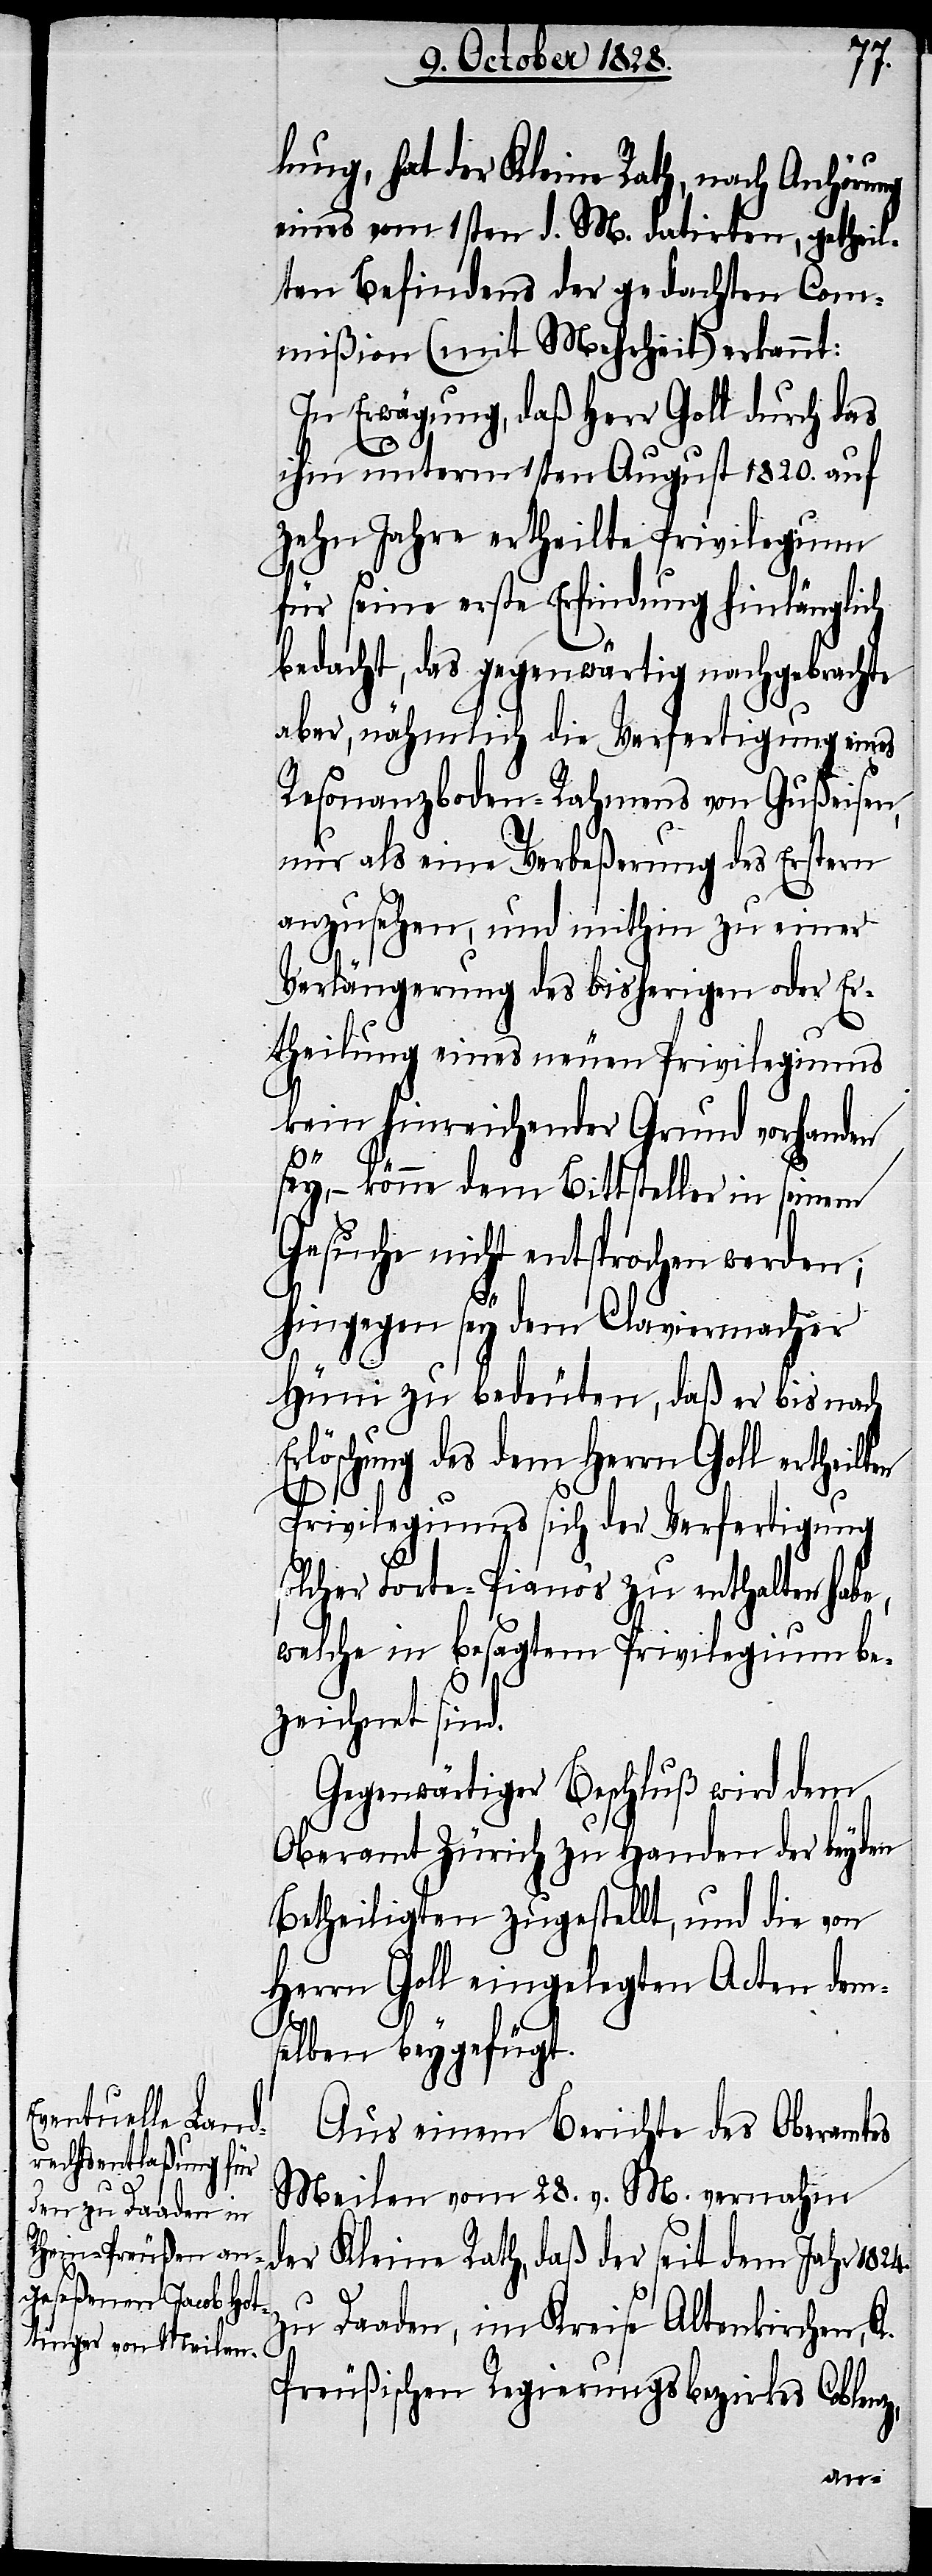
lung, hat der Kleine Rath, nach Anhörung
eines vom 1sten d. M. datirten, getheil¬
ten Befindens der gedachten Com¬
mißion (mit Mehrheit) erkannt:
In Erwägung, daß Herr Goll durch das
ihm unterm 1sten August 1820. auf
zehn Jahre ertheilte Privilegium
für seine erste Erfindung hinlänglich
bedacht, das gegenwärtig nachgebrachte
aber, nähmlich die Verfertigung eines
Resonanzboden-Rahmens von Gußeisen,
nur als eine Verbeßerung des Erstern
anzusehen, und mithin zu einer
Verlängerung des bisherigen oder Er¬
theilung eines neuen Privilegiums
kein hinreichender Grund vorhanden
Erl¬
sey, – könne dem Bittsteller in seinem
Gesuche nicht entsprochen werden;
hingegen sey dem Claviermacher
Hüni zu bedeuten, daß er bis nach
öschung des dem Herrn Goll erth¬
Privilegiums sich der Verfertigung
solcher Forte-Piano’s zu enthalten habe,
welche in besagtem Privilegium be¬
zeichnet sind.
Gegenwärtiger Beschluß wird dem
Oberamt Zürich zu Handen der beyden
Betheiligten zugestellt, und die von
Herrn Goll eingelegten Acten dem¬
selben beygefügt.
Aus einem Berichte des Oberamtes
Meilen von 28. v. M. vernahm
der Kleine Rath, daß der seit dem Jahr 1824.
zu Daaden, im Kreise Altenkirchen, K.
Preußischen Regierungsbezirkes Coble¬
nz,